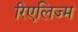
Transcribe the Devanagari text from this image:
रिएलिज्म